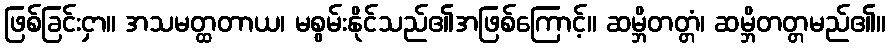
ဖြစ်ခြင်းငှာ။ အသမတ္ထတာယ၊ မစွမ်းနိုင်သည်၏အဖြစ်ကြောင့်။ ဆမ္ဘိတတ္တံ၊ ဆမ္ဘိတတ္တမည်၏။